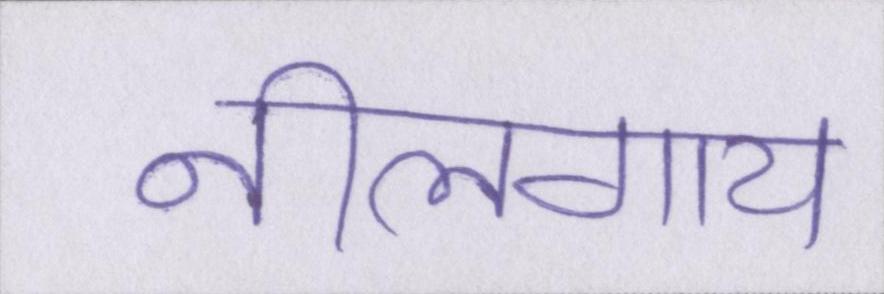
नीलगाय